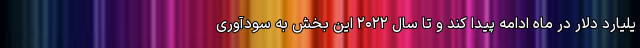
یلیارد دلار در ماه ادامه پیدا کند و تا سال ۲۰۲۲ این بخش به سودآوری